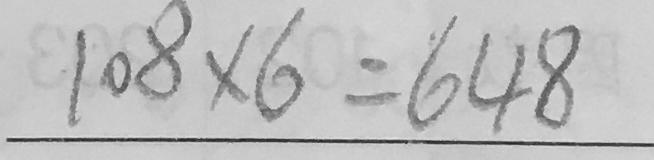
1 0 8 \times 6 = 6 4 8